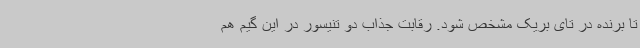
تا برنده در تای بریک مشخص شود. رقابت جذاب دو تنیسور در این گیم هم